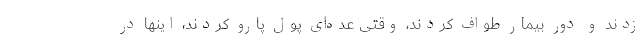
زدند و دور بیمار طواف کردند، وقتی عده‌ای پول پارو کردند، اینها در